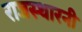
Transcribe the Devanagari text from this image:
राजस्थारनी